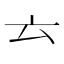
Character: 𠫓